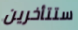
ستتأخرين